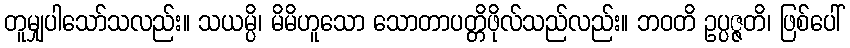
တူမျှပါသော်သလည်း။ သယမ္ပိ၊ မိမိဟူသော သောတာပတ္တိဖိုလ်သည်လည်း။ ဘဝတိ ဥပ္ပဇ္ဇတိ၊ ဖြစ်ပေါ်